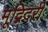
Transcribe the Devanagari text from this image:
मूद्बिदरी